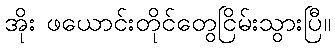
အိုး ဖယောင်းတိုင်တွေငြိမ်းသွားပြီ။